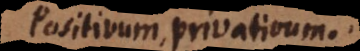
Positivum, privativum.